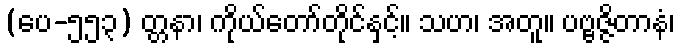
(ပေ-၅၅၃) တ္တနာ၊ ကိုယ်တော်တိုင်နှင့်။ သဟ၊ အတူ။ ပဗ္ဗဇ္ဇိတာနံ၊